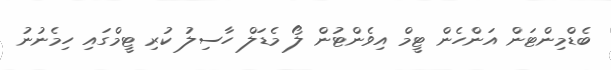
ބެޑްމިންޓަން އަންހެން ޓީމް އިވެންޓުން ލޯ މެޑަލް ހާސިލު ކުރި ޓީމްގައި ހިމެނުނު